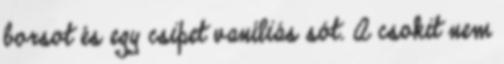
borsot és egy csipet vaníliás sót. A csokit nem